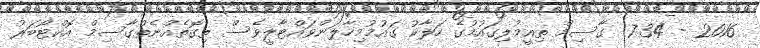
2016 - 7:34  ގާސިމް ތިއީމުލިގައުމުގެ ހަލާކު ގައުމުމިހާލަންވައްޓާލީވެސް ތިގޮތެއްނެތްގާސިމް އޮކްޓޯބަރު